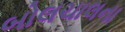
બોલચાલના